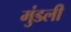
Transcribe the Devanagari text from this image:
मुंडली